Civil Veterinary Dept. Bombay admin report 1907-1913 - 1907-1913
Year: 1907
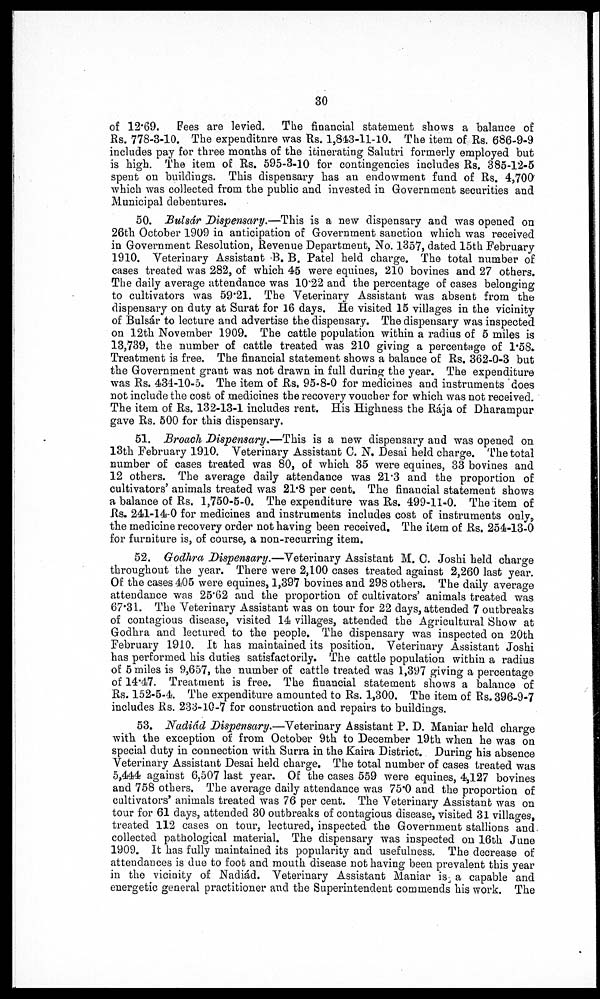
30
of 12.69. Pees are levied. The financial statement shows a balance of
Rs. 778-3-10. The expenditnre was Rs. 1,843-11-10. The item of Rs. 686-9-9
includes pay for three months of the itinerating Salutri formerly employed but
is high. The item of Rs. 595-3-10 for contingencies includes Rs. 385-12-5
spent on buildings. This dispensary has an endowment fund of Rs. 4,700'
which was collected from the public and invested in Government securities and
Municipal debentures.
50. Bulsár Dispensary.—This is a new dispensary and was opened on
26th October 1909 in anticipation of Government sanction which was received
in Government Resolution, Revenue Department, No. 1357, dated 15th February
1910. Veterinary Assistant B. B. Patel held charge. The total number of
cases treated was 282, of which 45 were equines, 210 bovines and 27 others.
The daily average attendance was 10.22 and the percentage of cases belonging
to cultivators was 59.21. The Veterinary Assistant was absent from the
dispensary on duty at Surat for 16 days. He visited 15 villages in the vicinity
of Bulsár to lecture and advertise the dispensary. The dispensary was inspected
on 12th November 1909. The cattle population within a radius of 5 miles is
13,739, the number of cattle treated was 210 giving a percentage of 1.58.
Treatment is free. The financial statement shows a balance of Rs. 362-0-3 but
the Government grant was not drawn in full during the year. The expenditure
was Rs. 434-10-5. The item of Rs. 95-8-0 for medicines and instruments does
not include the cost of medicines the recovery voucher for which was not received.
The item of Rs. 132-13-1 includes rent. His Highness the Raja of Dharampur
gave Rs. 500 for this dispensary.
51. Broach Dispensary.—This is a new dispensary and was opened on
13th February 1910. Veterinary Assistant C. N. Desai held charge. The total
number of cases treated was 80, of which 35 were equines, 33 bovines and
12 others. The average daily attendance was 21.3 and the proportion of
cultivators animals treated was 21.8 per cent. The financial statement shows
a balance of Rs. 1,750-5-0. The expenditure was Rs. 499-11-0. The item of
Rs. 241-14-0 for medicines and instruments includes cost of instruments only,
the medicine recovery order not having been received. The item of Rs. 254-13-0
for furniture is, of course, a non-recurring item.
52. Godhra Dispensary.—Veterinary Assistant M. C. Joshi held charge
throughout the year. There were 2,100 cases treated against 2,260 last year.
Of the cases 405 were equines, 1,397 bovines and 298 others. The daily average
attendance was 25.62 and the proportion of cultivators' animals treated was
67.31. The Veterinary Assistant was on tour for 22 days, attended 7 outbreaks
of contagious disease, visited 14 villages, attended the Agricultural Show at
Godhra and lectured to the people. The dispensary was inspected on 20th
February 1910. It has maintained its position. Veterinary Assistant Joshi
has performed his duties satisfactorily. The cattle population within a radius
of 5 miles is 9,657, the number of cattle treated was 1,397 giving a percentage
of 14.47. Treatment is free. The financial statement shows a balance of
Rs. 152-5-4. The expenditure amounted to Rs. 1,300. The item of Rs. 396-9-7
includes Rs. 233-10-7 for construction and repairs to buildings.
53. Nadiád Dispensary.—Veterinary Assistant P. D. Maniar held charge
with the exception of from October 9th to December 19th when he was on
special duty in connection with Surra in the Kaira District. During his absence
Veterinary Assistant Desai held charge. The total number of cases treated was
5,444 against 6,507 last year. Of the cases 559 Were equines, 4,127 bovines
and 758 others. The average daily attendance was 75.0 and the proportion of
cultivators' animals treated was 76 per cent. The Veterinary Assistant was on
tour for 61 days, attended 30 outbreaks of contagious disease, visited 31 villages,
treated 112 cases on tour, lectured, inspected the Government stallions and
collected pathological material. The dispensary was inspected on 16th June
1909. It has fully maintained its popularity and usefulness. The decrease of
attendances is due to foot and mouth disease not having been prevalent this year
in the vicinity of Nadiád. Veterinary Assistant Maniar is a capable and
energetic general practitioner and the Superintendent commends his work. The